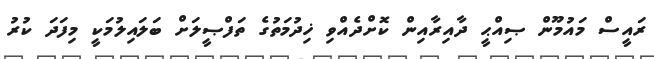
ރައީސް މައުމޫން ޞިއްޙީ ދާއިރާއިން ކޮށްދެއްވި ޚިދުމަތުގެ ތަފްޞީލަށް ބަލައިލުމަކީ މިފަދަ ކުރު